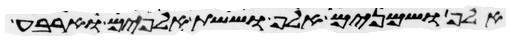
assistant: אלף ושמנים אלף וששת אלפים וארבע